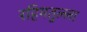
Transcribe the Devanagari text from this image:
रहिमतुल्ला